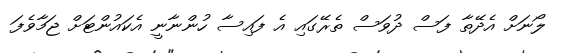
ލޯނަށް އެދޭތާ ފަސް ދުވަސް ތެރޭގައި އެ ފައިސާ ހުންނާނީ އެކައުންޓަށް ޖަމާވެފަ